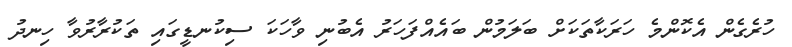
ހުރެގެން އެކޮންމެ ހަރަކާތަކަށް ބަލަމުން ބައެއްފަހަރު އެބުނި ވާހަކަ ސިކުނޑީގައި ތަކުރާރުވާ ހިނދު